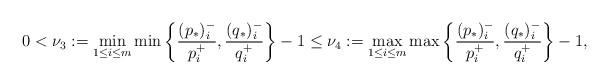
LaTeX: \begin{align*}0<\nu_3:=\min_{1\leq i\leq m} \min\left\{\frac{(p_*)_i^-}{p_i^+},\frac{(q_*)_i^-}{q_i^+}\right\}-1\leq\nu_4:=\max_{1\leq i\leq m} \max\left\{\frac{(p_*)_i^-}{p_i^+},\frac{(q_*)_i^-}{q_i^+}\right\}-1,\end{align*}